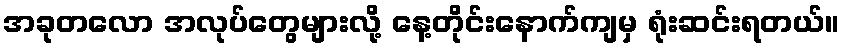
အခုတလော အလုပ်တွေများလို့ နေ့တိုင်းနောက်ကျမှ ရုံးဆင်းရတယ်။